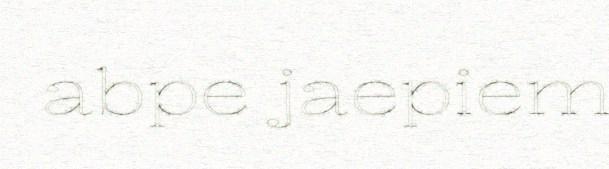
abpe jaepiem